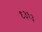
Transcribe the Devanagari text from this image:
९३१३